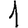
Digit: 1